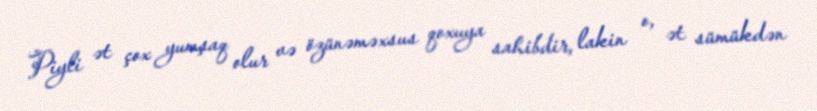
Piyli ət çox yumşaq olur və özünəməxsus qoxuya sahibdir, lakin o, ət sümükdən